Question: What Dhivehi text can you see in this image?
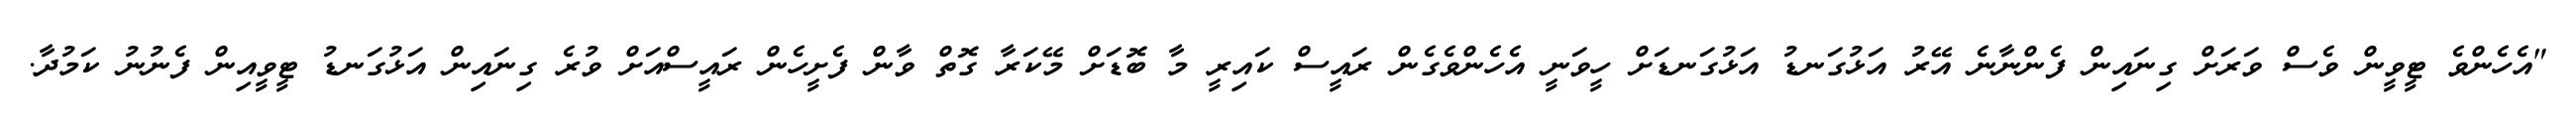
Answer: "އެހެންވެ ޓީވީން ވެސް ވަރަށް ގިނައިން ފެންނާނެ އޭރު އަޅުގަނޑު އަޅުގަނޑަށް ހީވަނީ އެހެންވެގެން ރައީސް ކައިރީ މާ ބޮޑަށް މޭކަރާ ގޮތް ވާން ފެށީހެން ރައީސްއަށް ވުރެ ގިނައިން އަޅުގަނޑު ޓީވީއިން ފެނުނު ކަމުދާ.